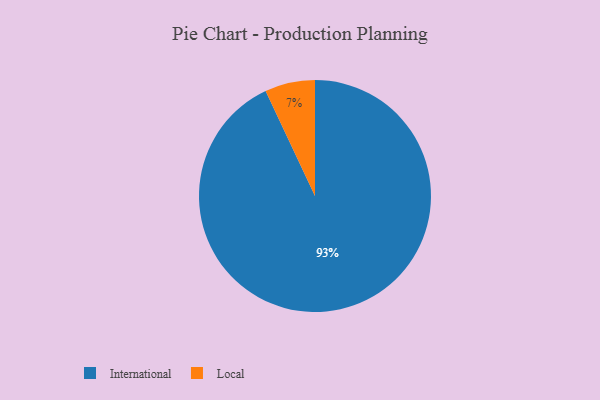
{"axis": {"x": "Category", "y": "Percentage"}, "legend": ["International", "Local"], "data": [{"x": "International", "y": 93, "type": "International"}, {"x": "Local", "y": 7, "type": "Local"}]}